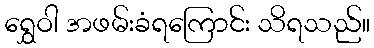
ရွှေဝါ အဖမ်းခံရကြောင်း သိရသည်။